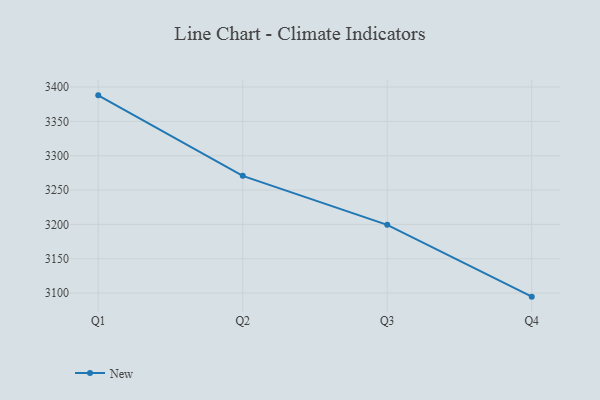
{"axis": {"x": "Quarter", "y": "Budget (USD K)"}, "legend": ["New"], "data": [{"x": "Q1", "y": 3387.9, "type": "New"}, {"x": "Q2", "y": 3270.7, "type": "New"}, {"x": "Q3", "y": 3199.4, "type": "New"}, {"x": "Q4", "y": 3094.8, "type": "New"}]}